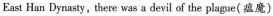
Fast Han Dynasty, there was a devil of the plague(瘟魔)